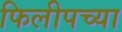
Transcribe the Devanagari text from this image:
फिलीपच्या